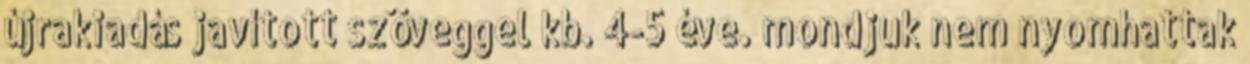
újrakiadás javított szöveggel kb. 4-5 éve. mondjuk nem nyomhattak